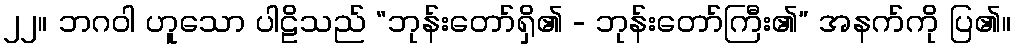
၂၂။ ဘဂဝါ ဟူသော ပါဠိသည် “ဘုန်းတော်ရှိ၏ - ဘုန်းတော်ကြီး၏” အနက်ကို ပြ၏။